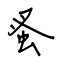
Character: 蚤